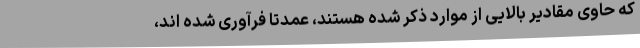
که حاوی مقادیر بالایی از موارد ذکر شده هستند، عمدتا فرآوری شده اند،